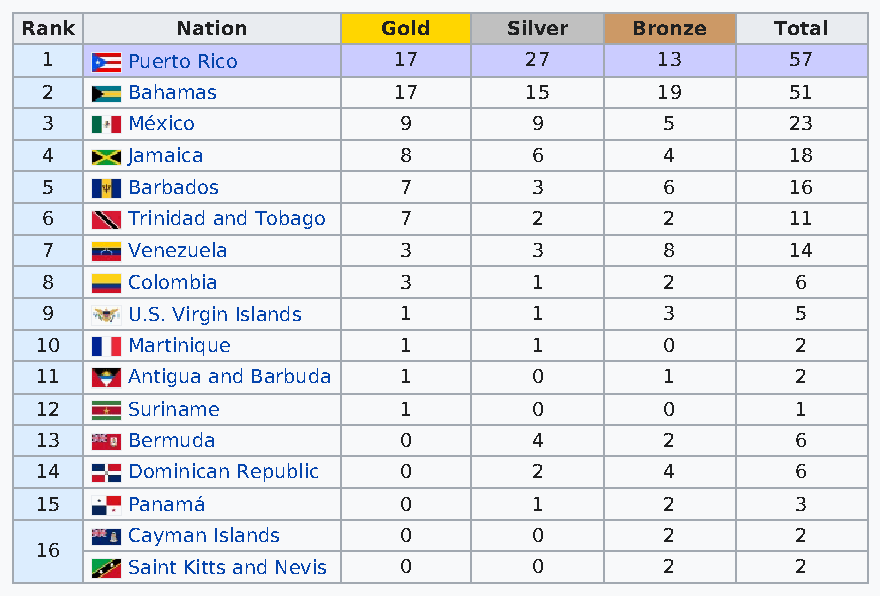
Rank       Nation       Gold     Silver  Bronze   Total
 1    Puerto Rico       17       27      13       57
 2    Bahamas           17       15      19       51
 3    México            9        9        5       23
 4    Jamaica           8        6        4       18
 5    Barbados          7        3        6       16
 6    Trinidad and Tobago 7      2        2       11
 7    Venezuela         3        3        8       14
 8    Colombia          3        1        2        6
 9    U.S. Virgin Islands 1      1        3        5
 10    Martinique        1        1        0        2
 11    Antigua and Barbuda 1      0        1        2
 12    Suriname          1        0        0        1
 13    Bermuda           0        4        2        6
 14    Dominican Republic 0       2        4        6
 15    Panamá            0        1        2        3
 Cayman Islands    0        0        2        2
 16
 Saint Kitts and Nevis 0    0        2        2